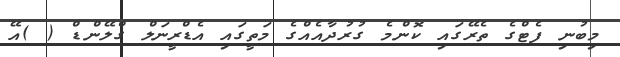
މިބުނި ފެޓްގެ ތެރޭގައި ކޮންމެ ގުރުދާއެއްގެ މަތީގައި އެޑްރީނަލް ގްލޭންޑް ( )އޭ